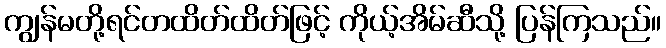
ကျွန်မတို့ရင်တထိတ်ထိတ်ဖြင့် ကိုယ့်အိမ်ဆီသို့ ပြန်ကြသည်။